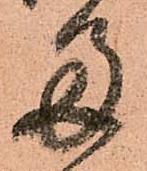
多